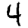
Digit: 4